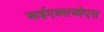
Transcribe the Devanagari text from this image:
आईएक्सओएस